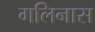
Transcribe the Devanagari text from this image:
गलिनास